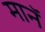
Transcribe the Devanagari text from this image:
मानॅ